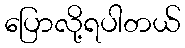
ပြောလို့ရပါတယ်